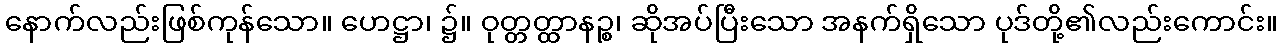
နောက်လည်းဖြစ်ကုန်သော။ ဟေဋ္ဌာ၊ ၌။ ဝုတ္တတ္ထာနဉ္စ၊ ဆိုအပ်ပြီးသော အနက်ရှိသော ပုဒ်တို့၏လည်းကောင်း။